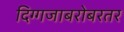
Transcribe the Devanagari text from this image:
दिग्गजाबरोबरतर